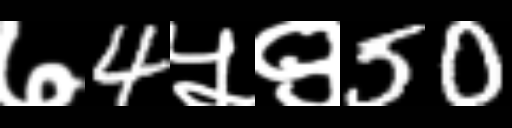
Text: ७4५९50